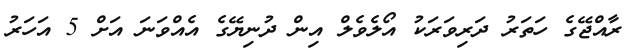
ރާއްޖޭގެ ހަތަރު ދަރިވަރަކު އޯލެވެލް އިން ދުނިޔޭގެ އެއްވަނަ އަށް 5 އަހަރު